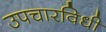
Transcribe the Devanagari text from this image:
उपचारविधी